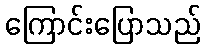
ကြောင်းပြောသည်